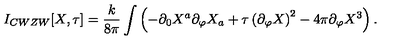
I _ { C W Z W } [ X , \tau ] = \frac { k } { 8 \pi } \int \left( - \partial _ { 0 } X ^ { a } \partial _ { \varphi } X _ { a } + \tau \left( \partial _ { \varphi } X \right) ^ { 2 } - 4 \pi \partial _ { \varphi } X ^ { 3 } \right) .